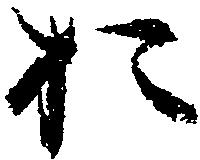
お